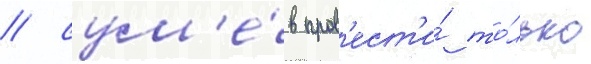
/ сум'е́в пров'ест'и́ то́лько